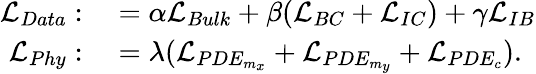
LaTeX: \begin{array}{rl}{\mathcal{L}_{Data}:}&{{}=\alpha\mathcal{L}_{Bulk}+\beta(\mathcal{L}_{BC}+\mathcal{L}_{IC})+\gamma\mathcal{L}_{IB}}\\ {\mathcal{L}_{Phy}:}&{{}=\lambda(\mathcal{L}_{PDE_{m_{x}}}+\mathcal{L}_{PDE_{m_{y}}}+\mathcal{L}_{PDE_{c}}).}\end{array}